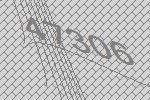
47306